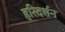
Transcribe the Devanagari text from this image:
हरिदर्शन